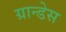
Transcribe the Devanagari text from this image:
ग्रान्डेस